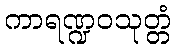
ကာရဏ္ဍဝသုတ္တံ